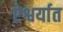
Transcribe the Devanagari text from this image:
ऐश्वर्यात